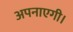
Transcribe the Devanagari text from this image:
अपनाएगी।